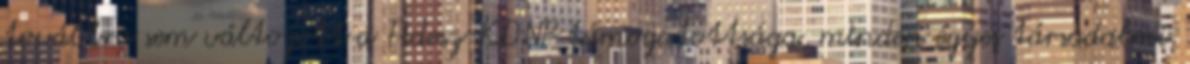
továbbra sem változott a Fidesz-KDNP támogatottsága, minden egyes társadalmi.